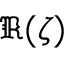
\Re ( \zeta )